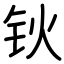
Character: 钬